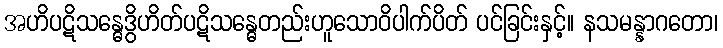
အဟိပဋိသန္ဓေဒွိဟိတ်ပဋိသန္ဓေတည်းဟူသောဝိပါက်ပိတ် ပင်ခြင်းနှင့်။ နသမန္နာဂတော၊